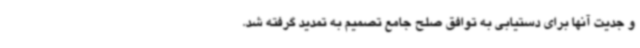
و جدیت آنها برای دستیابی به توافق صلح جامع تصمیم به تمدید گرفته شد.